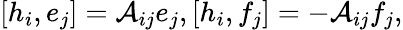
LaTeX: [h_{i},e_{j}]=\mathcal{A}_{ij}e_{j},[h_{i},f_{j}]=-\mathcal{A}_{ij}f_{j},